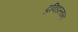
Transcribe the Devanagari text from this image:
द्रविड़स्तान